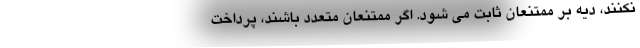
نکنند، دیه بر ممتنعان ثابت می شود. اگر ممتنعان متعدد باشند، پرداخت